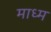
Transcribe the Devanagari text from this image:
माध्म